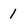
Character: 1